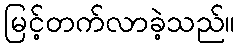
မြင့်တက်လာခဲ့သည်။